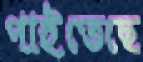
পাইতেছে